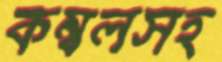
কম্বলসহ